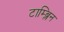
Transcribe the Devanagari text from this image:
टाम्ब्लिन